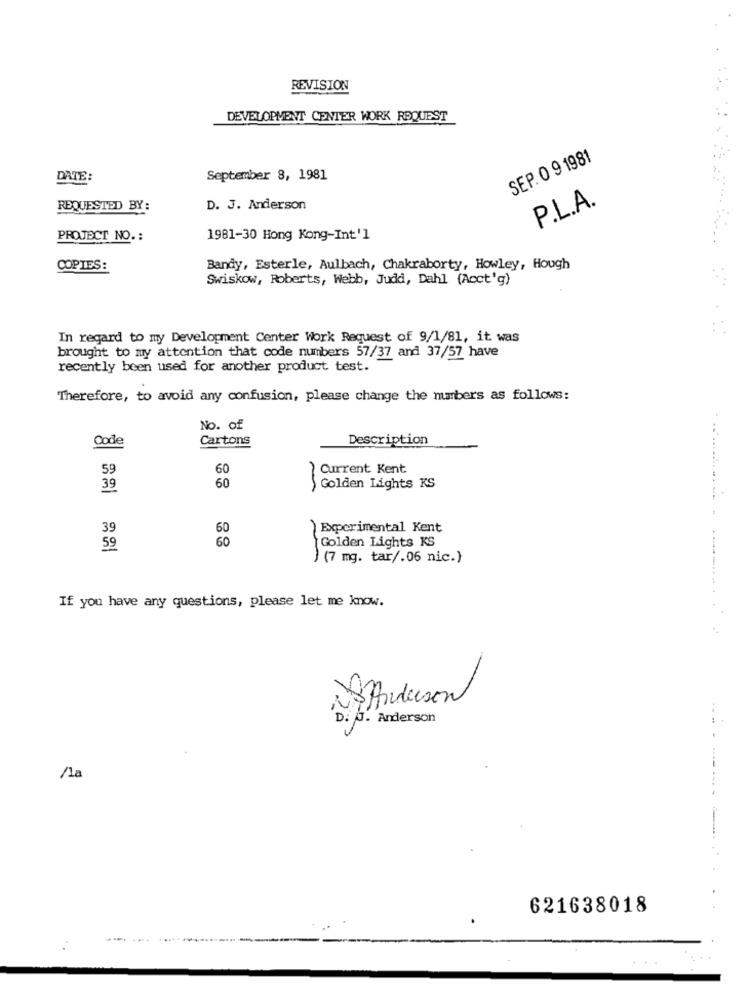
REVISION
DEVELOPMENT CENTER WORK REQUEST
SEP. 0 9 1981
DATE:
September 8, 1981
P.L.A.
REQUESTED BY:
D. J. Anderson
....
PROJECT NO .:
1981-30 Hong Kong-Int'l
COPIES:
Bandy, Esterle, Aulbach, Chakraborty, Howley, Hough
Swiskow, Roberts, Webb, Judd, Dahl (Acct'g)
In regard to my Development Center Work Request of 9/1/81, it was
brought to my attention that code numbers 57/37 and 37/57 have
recently been used for another product test.
Therefore, to avoid any confusion, please change the numbers as follows:
No. of
Code
Cartons
Description
59
60
Current Kent
60
39
Golden Lights KS
.---
60
Experimental Kent
60
Golden Lights KS
59
) (7 mg. tar/.06 nic.}
If you have any questions, please let me know.
18 Anderson
D. J. Anderson
621638018
.... ...